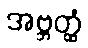
အဗ္ဘတ္ထံ